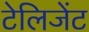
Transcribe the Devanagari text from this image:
टेलिजेंट